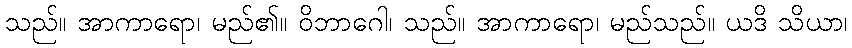
သည်။ အာကာရော၊ မည်၏။ ဝိဘာဂေါ၊ သည်။ အာကာရော၊ မည်သည်။ ယဒိ သိယာ၊